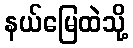
နယ်မြေထဲသို့